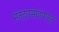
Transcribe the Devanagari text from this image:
मतदारसंघांपासून